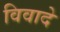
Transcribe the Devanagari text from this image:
विवादे